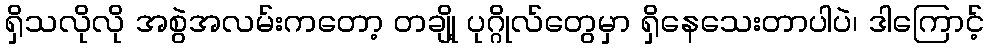
ရှိသလိုလို အစွဲအလမ်းကတော့ တချို့ ပုဂ္ဂိုလ်တွေမှာ ရှိနေသေးတာပါပဲ၊ ဒါကြောင့်